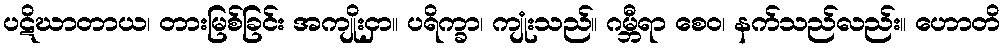
ပဋိဃာတာယ၊ တားမြစ်ခြင်း အကျိုးငှာ။ ပရိက္ခာ၊ ကျုံးသည်။ ဂမ္ဘီရာ စေဝ၊ နက်သည်လည်း။ ဟောတိ